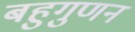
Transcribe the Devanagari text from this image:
बहुगुणन